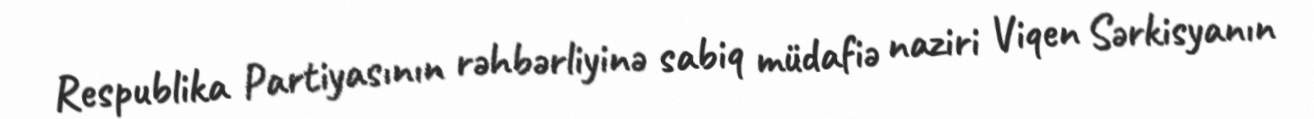
Respublika Partiyasının rəhbərliyinə sabiq müdafiə naziri Viqen Sərkisyanın